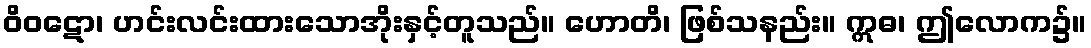
ဝိဝဋော၊ ဟင်းလင်းထားသောအိုးနှင့်တူသည်။ ဟောတိ၊ ဖြစ်သနည်း။ ဣဓ၊ ဤလောက၌။